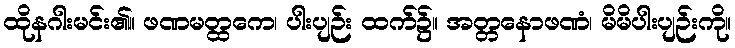
ထိုနဂါးမင်း၏။ ဖဏမတ္ထကေ၊ ပါးပျဉ်း ထက်၌။ အတ္တနောဖဏံ၊ မိမိပါးပျဉ်းကို။